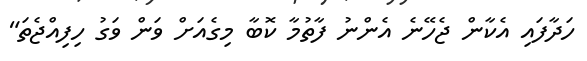
ހަދާފައި އެކާން ޖެހޭނެ އެންނު ފާތުމާ ކޮބާ މިގެއަށް ވަން ވަގު ހިފިއްޖެތަ"